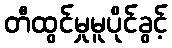
တီထွင်မှုမူပိုင်ခွင့်